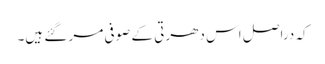
کہ دراصل اس دھرتی کے صوفی مر گئے ہیں۔